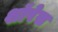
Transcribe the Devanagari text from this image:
शॉपेस